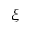
\xi